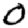
Digit: 0